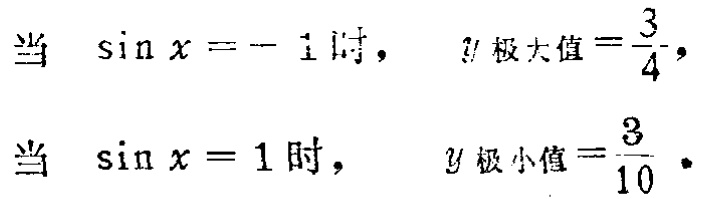
当 $\sin x = - 1$ 时， $y_{极大值}=\frac{3}{4}$，

当 $\sin x = 1$ 时， $y_{极小值}=\frac{3}{10}$ ．